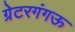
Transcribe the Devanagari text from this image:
ग्रेटरगंगऊ